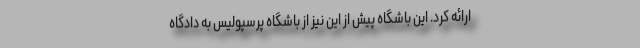
ارائه کرد. این باشگاه پیش از این نیز از باشگاه پرسپولیس به دادگاه